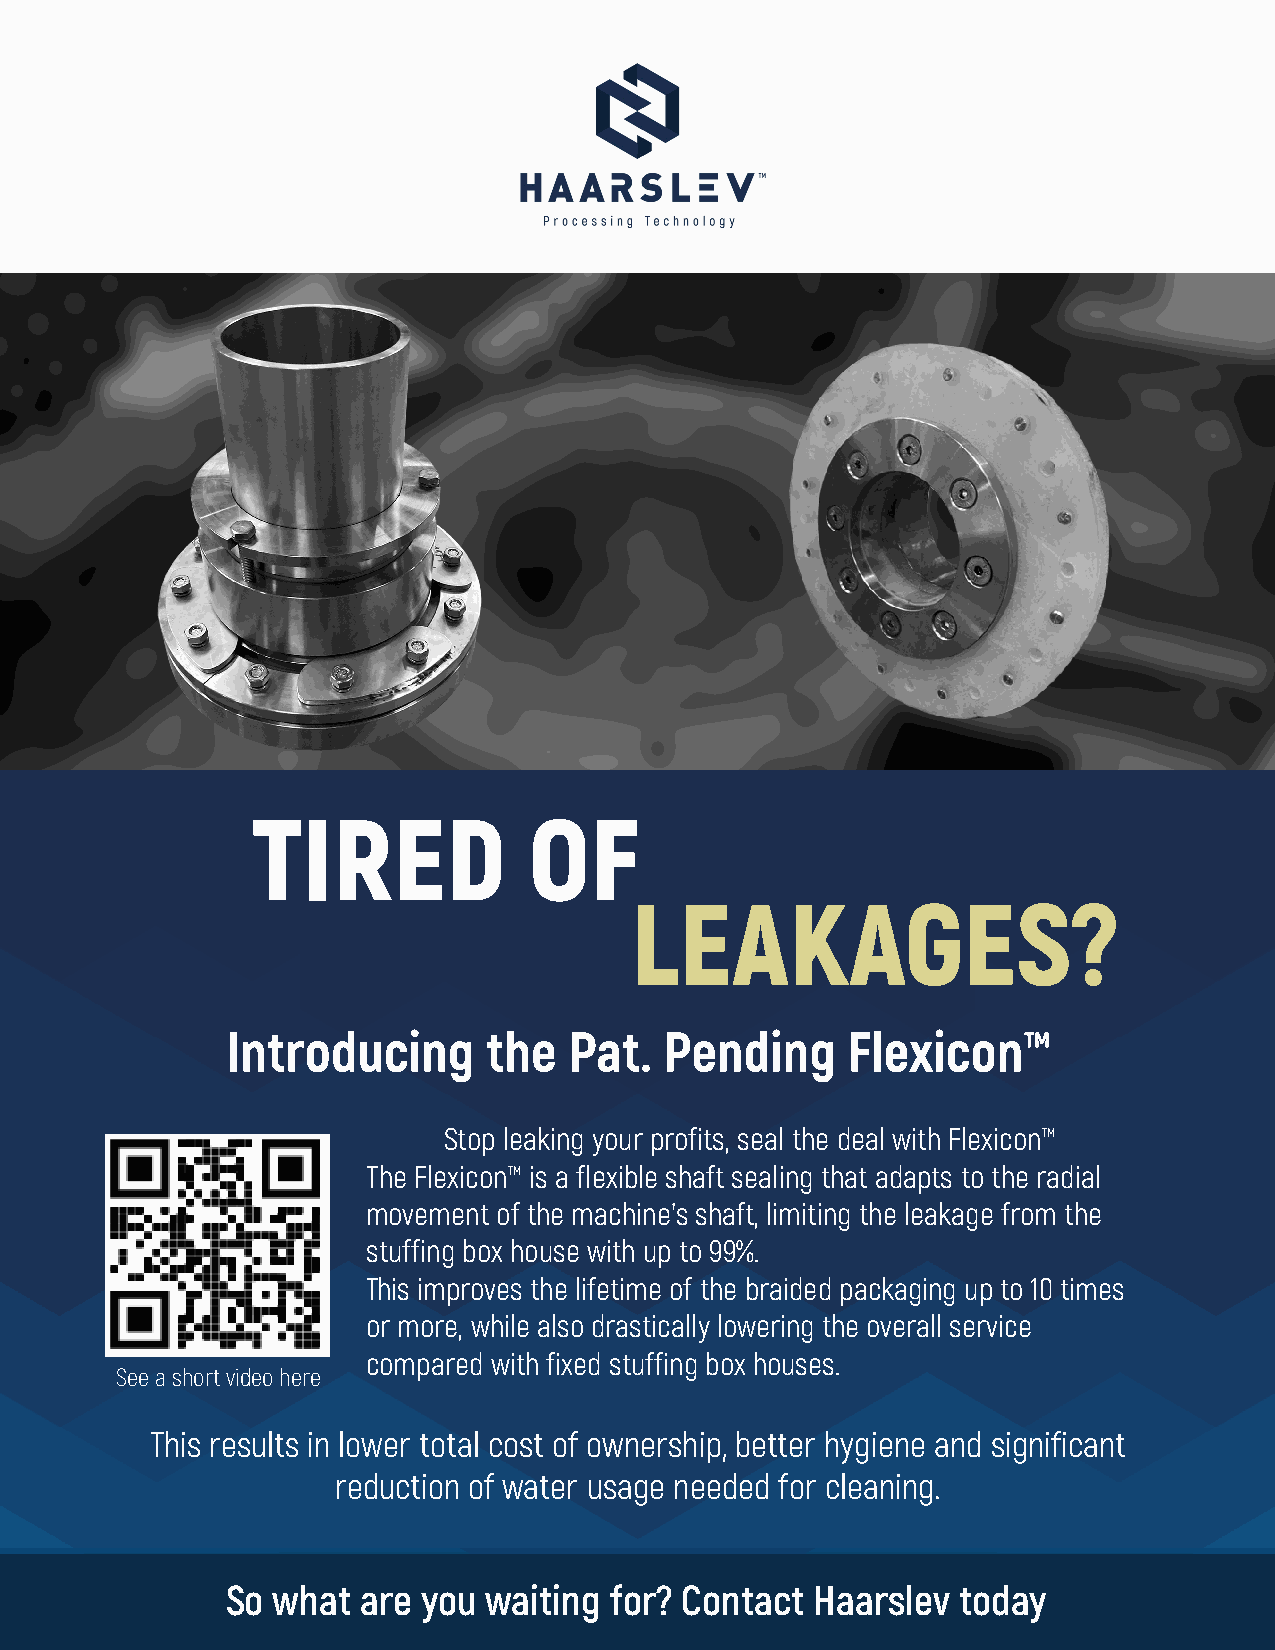
TIRED             OF
 LEAKAGES?
 Introducing      the   Pat.  Pending     Flexicon™
 Stop leaking your profits, seal the deal with Flexicon™
 The Flexicon™ is a flexible shaft sealing that adapts to the radial
 movement of the machine's shaft, limiting the leakage from the
 stuffing box house with up to 99%.
 This improves the lifetime of the braided packaging up to 10 times
 or more, while also drastically lowering the overall service
 compared with fixed stuffing box houses.
 See a short video here
 This results in lower total cost of ownership, better hygiene and significant
 reduction of water usage needed for cleaning.
 So what  are you waiting  for? Contact Haarslev  today